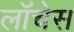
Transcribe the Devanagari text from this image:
लॉचेस